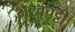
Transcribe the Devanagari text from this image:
भैरवचट्टी